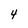
Character: 4